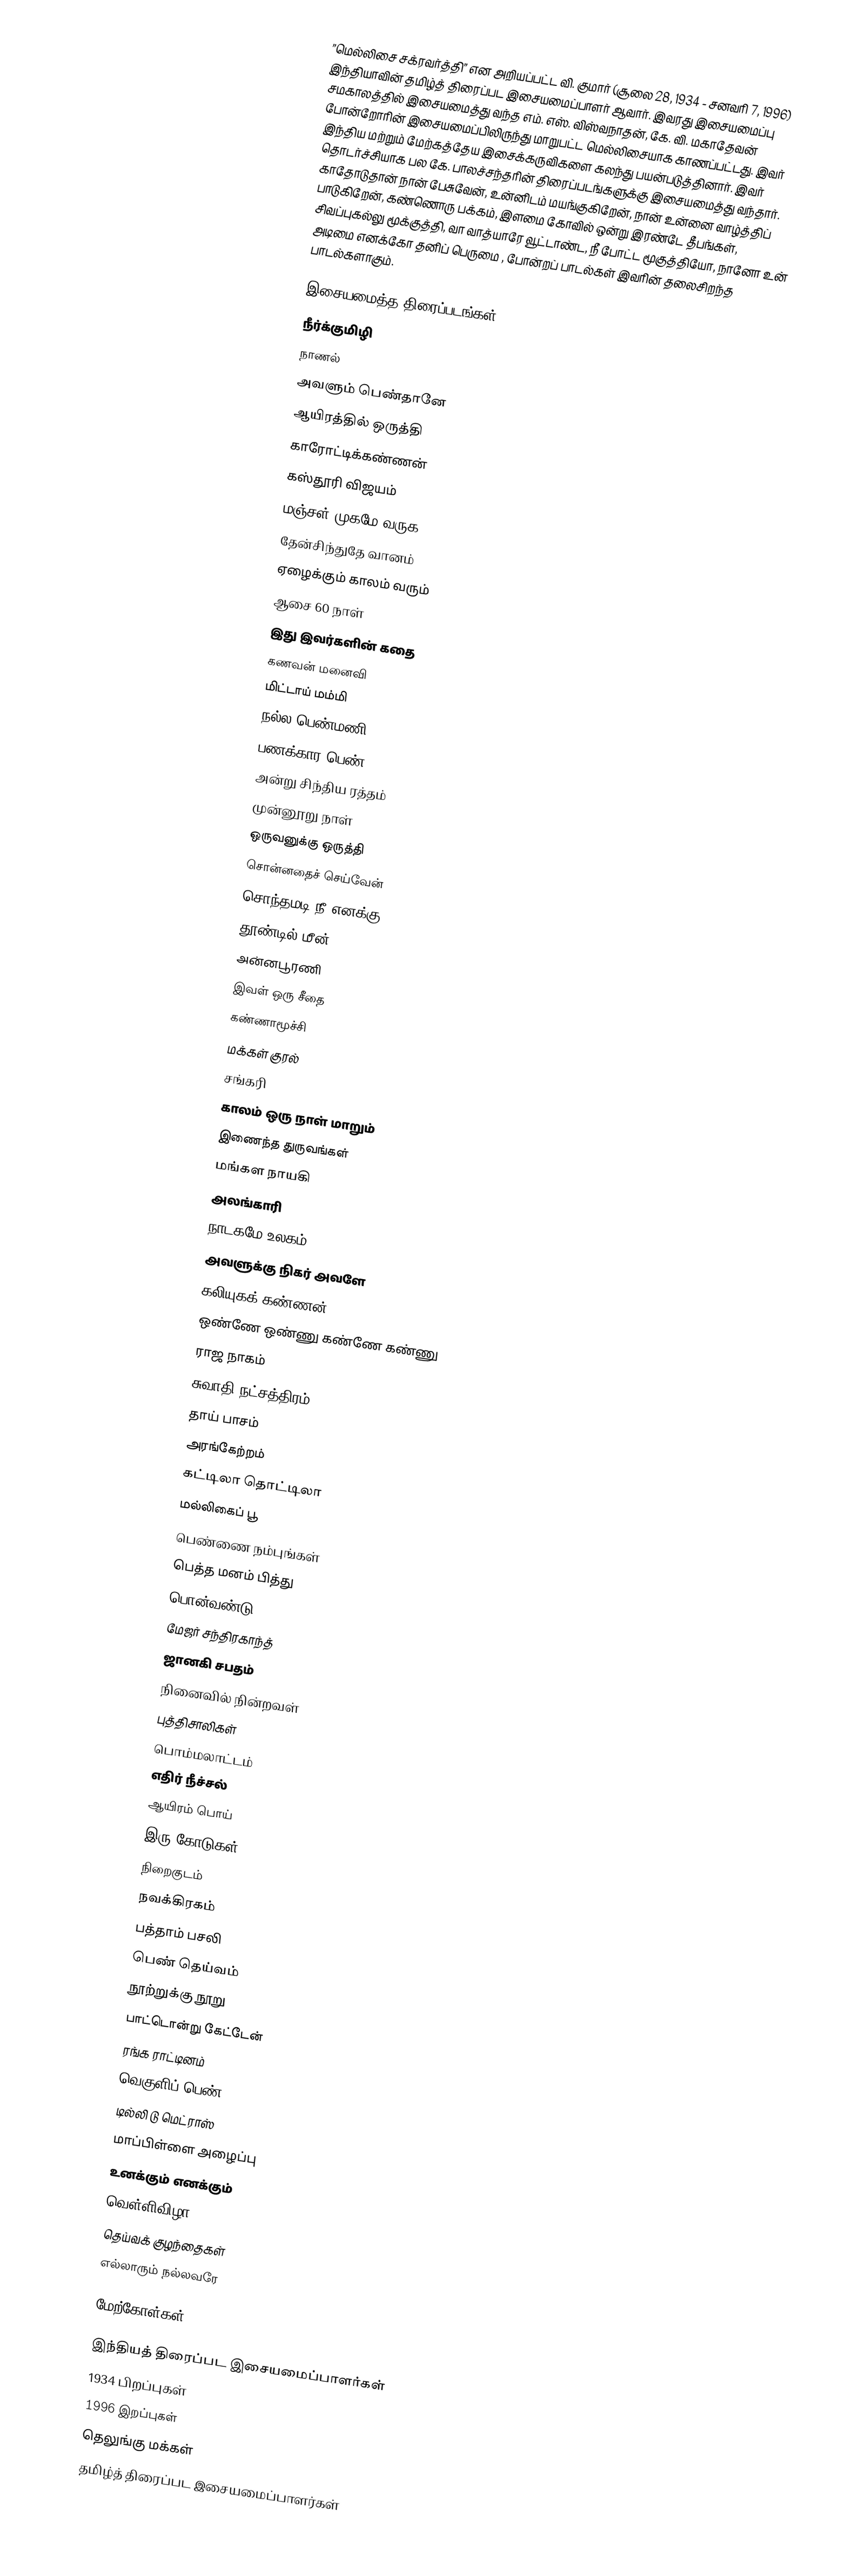
”மெல்லிசை சக்ரவர்த்தி” என அறியப்பட்ட வி. குமார் (சூலை 28, 1934 - சனவரி 7, 1996) இந்தியாவின் தமிழ்த் திரைப்பட இசையமைப்பாளர் ஆவார். இவரது இசையமைப்பு சமகாலத்தில் இசையமைத்து வந்த எம். எஸ். விஸ்வநாதன், கே. வி. மகாதேவன் போன்றோரின் இசையமைப்பிலிருந்து மாறுபட்ட மெல்லிசையாக காணப்பட்டது. இவர் இந்திய மற்றும் மேற்கத்தேய இசைக்கருவிகளை கலந்து பயன்படுத்தினார். இவர் தொடர்ச்சியாக பல கே. பாலச்சந்தரின் திரைப்படங்களுக்கு இசையமைத்து வந்தார். காதோடுதான் நான் பேசுவேன், உன்னிடம் மயங்குகிறேன், நான் உன்னை வாழ்த்திப் பாடுகிறேன், கண்ணொரு பக்கம், இளமை கோவில் ஒன்று இரண்டே தீபங்கள்,  சிவப்புகல்லு மூக்குத்தி, வா வாத்யாரே வூட்டாண்ட, நீ போட்ட மூகுத்தியோ, நானோ உன் அடிமை எனக்கோ தனிப் பெருமை , போன்றப் பாடல்கள் இவரின் தலைசிறந்த பாடல்களாகும்.

இசையமைத்த திரைப்படங்கள்
 நீர்க்குமிழி
 நாணல்
 அவளும் பெண்தானே
 ஆயிரத்தில் ஒருத்தி
 காரோட்டிக்கண்ணன்
 கஸ்தூரி விஜயம்
 மஞ்சள் முகமே வருக
 தேன்சிந்துதே வானம்
 ஏழைக்கும் காலம் வரும்
 ஆசை 60 நாள்
 இது இவர்களின் கதை
 கணவன் மனைவி
 மிட்டாய் மம்மி
 நல்ல பெண்மணி
 பணக்கார பெண்
 அன்று சிந்திய ரத்தம்
 முன்னூறு நாள்
 ஒருவனுக்கு ஒருத்தி
 சொன்னதைச் செய்வேன்
 சொந்தமடி நீ எனக்கு
 தூண்டில் மீன்
 அன்னபூரணி
 இவள் ஒரு சீதை
 கண்ணாமூச்சி
 மக்கள் குரல்
 சங்கரி
 காலம் ஒரு நாள் மாறும்
 இணைந்த துருவங்கள்
 மங்கள நாயகி
 அலங்காரி
 நாடகமே உலகம்
 அவளுக்கு நிகர் அவளே
 கலியுகக் கண்ணன்
 ஒண்ணே ஒண்ணு கண்ணே கண்ணு
 ராஜ நாகம்
 சுவாதி நட்சத்திரம்
 தாய் பாசம்
 அரங்கேற்றம்
 கட்டிலா தொட்டிலா
 மல்லிகைப் பூ
 பெண்ணை நம்புங்கள்
 பெத்த மனம் பித்து
 பொன்வண்டு
 மேஜர் சந்திரகாந்த்
 ஜானகி சபதம்
 நினைவில் நின்றவள்
 புத்திசாலிகள்
 பொம்மலாட்டம்
 எதிர் நீச்சல்
 ஆயிரம் பொய்
 இரு கோடுகள்
 நிறைகுடம்
 நவக்கிரகம்
 பத்தாம் பசலி
 பெண் தெய்வம்
 நூற்றுக்கு நூறு
 பாட்டொன்று கேட்டேன்
 ரங்க ராட்டினம்
 வெகுளிப் பெண்
 டில்லி டு மெட்ராஸ்
 மாப்பிள்ளை அழைப்பு
 உனக்கும் எனக்கும்
 வெள்ளிவிழா
 தெய்வக் குழந்தைகள்
 எல்லாரும் நல்லவரே

மேற்கோள்கள்

இந்தியத் திரைப்பட இசையமைப்பாளர்கள்
1934 பிறப்புகள்
1996 இறப்புகள்
தெலுங்கு மக்கள்
தமிழ்த் திரைப்பட இசையமைப்பாளர்கள்